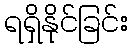
ရရှိနိုင်ခြင်း